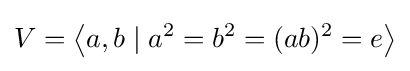
V=\left\langle a,b\mid a^{2}=b^{2}=(ab)^{2}=e\right\rangle